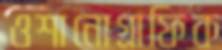
ওশানোগ্রাফিক